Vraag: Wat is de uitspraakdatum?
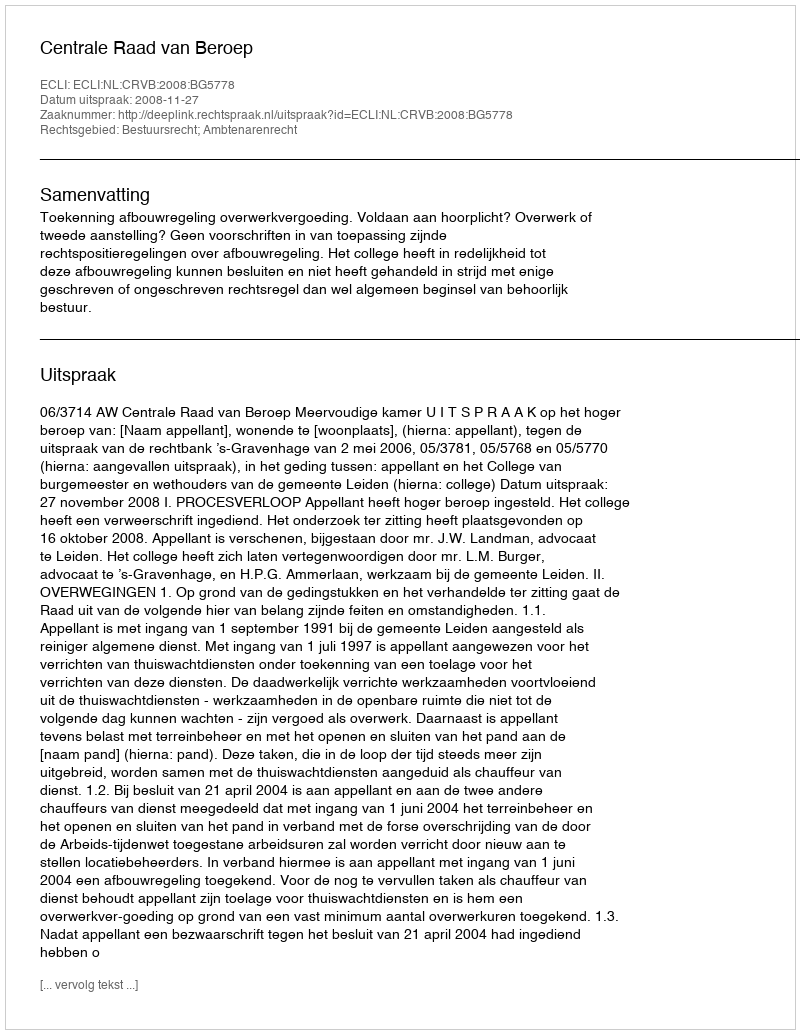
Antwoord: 2008-11-27